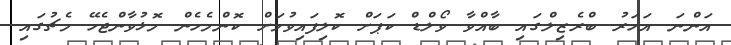
އަންނަ އަހަރު ބްރެޒިލްގައި ބާއްވާ ވޯލްޑް ކަޕަށް ކޮލިފައިވުމަށް ކޮންމެހެން މޮޅުވާންޖެހޭ މެޗުގައި